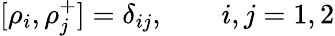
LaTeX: [\rho_{i},\rho_{j}^{+}]=\delta_{ij},\qquad i,j=1,2